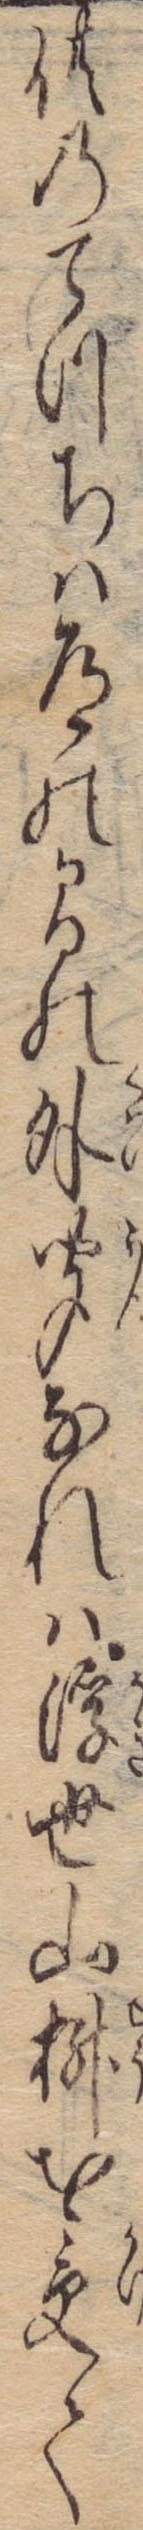
供のてつちは道の間の外聞なれは浮世山桝を受て